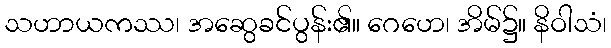
သဟာယကဿ၊ အဆွေခင်ပွန်း၏။ ဂေဟေ၊ အိမ်၌။ နိဝါသံ၊